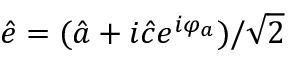
\hat { e } = ( \hat { a } + i \hat { c } e ^ { i \varphi _ { a } } ) / \sqrt { 2 }